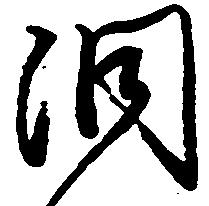
洞